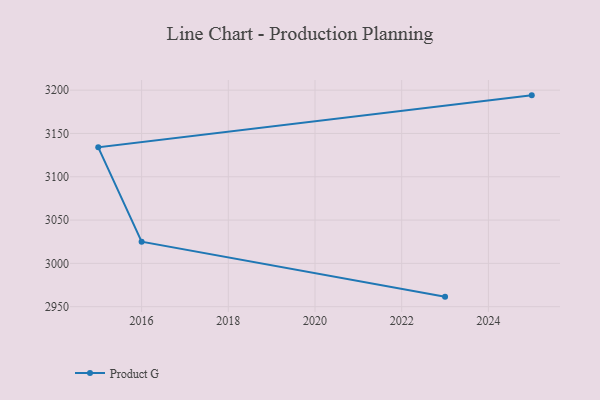
{"axis": {"x": "Year", "y": "Active Users"}, "legend": ["Product G"], "data": [{"x": "2023", "y": 2961.6, "type": "Product G"}, {"x": "2016", "y": 3025.1, "type": "Product G"}, {"x": "2015", "y": 3134.0, "type": "Product G"}, {"x": "2025", "y": 3194.0, "type": "Product G"}]}